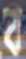
ব